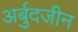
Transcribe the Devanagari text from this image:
अर्बुदजीन